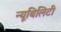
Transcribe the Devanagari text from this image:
न्यूबिलिटी